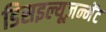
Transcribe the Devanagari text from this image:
डिसइल्यूज़न्मेंट